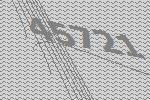
45721